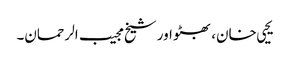
یحیی خان، بھٹو اور شیخ مجیب الرحمان۔